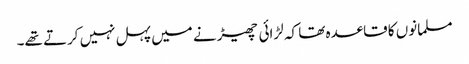
مسلمانوں کا قاعدہ تھا کہ لڑائی چھیڑنے میں پہل نہیں کرتے تھے۔